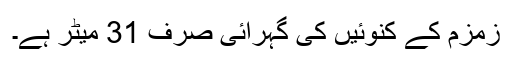
زمزم کے کنوئیں کی گہرائی صرف 31 میٹر ہے۔